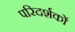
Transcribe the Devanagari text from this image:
परिदर्शकों